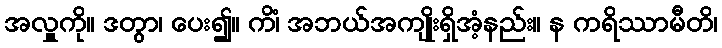
အလှူကို။ ဒတွာ၊ ပေး၍။ ကိံ၊ အဘယ်အကျိုးရှိအံ့နည်း။ န ကရိဿာမီတိ၊